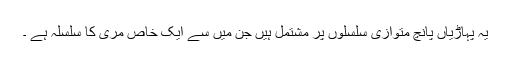
یہ پہاڑیاں پانچ متوازی سلسلوں پر مشتمل ہیں جن میں سے ایک خاص مری کا سلسلہ ہے ۔